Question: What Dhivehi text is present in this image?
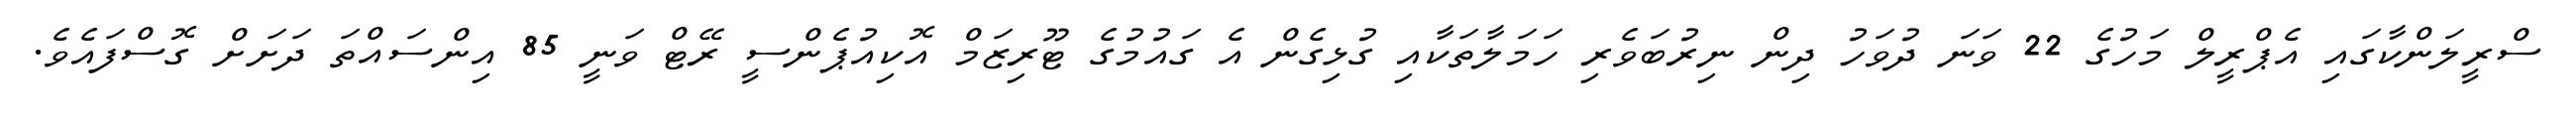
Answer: ސްރީލަންކާގައި އެޕްރީލް މަހުގެ 22 ވަނަ ދުވަހު ދިން ނިރުބަވެރި ހަމަލާތަކާއި ގުޅިގެން އެ ގައުމުގެ ޓޫރިޒަމް އޮކިއުޕެންސީ ރޭޓް ވަނީ 85 އިންސައްތަ ދަށަށް ގޮސްފައެވެ.